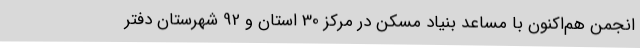
انجمن هم‌اکنون با مساعد بنیاد مسکن در مرکز 30 استان و 92 شهرستان دفتر